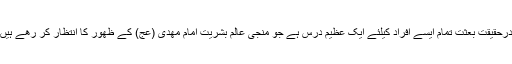
درحقیقت بعثت تمام ایسے افراد کیلئے ایک عظیم درس ہے جو منجی عالم بشریت امام مھدی (عج) کے ظھور کا انتظار کر رھے ہیں۔